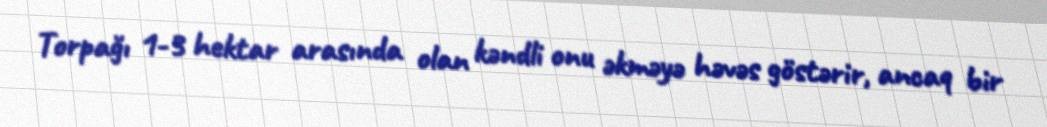
Torpağı 1-3 hektar arasında olan kəndli onu əkməyə həvəs göstərir, ancaq bir